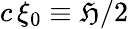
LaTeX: c\, \xi_{0}\equiv\mathfrak{H}/2